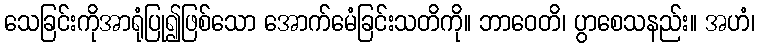
သေခြင်းကိုအာရုံပြု၍ဖြစ်သော အောက်မေံခြင်းသတိကို။ ဘာဝေတိ၊ ပွာစေသနည်း။ အဟံ၊